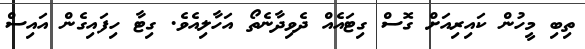
ތިބި މީހުން ކައިރިއަށް ގޮސް ގިޓައެއް ދެވިދާނެތޯ އަހާލިއެވެ. ގިޓާ ހިފައިގެން އައިސް